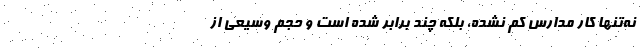
نه‌تنها کار مدارس کم نشده، بلکه چند برابر شده است و حجم وسیعی از